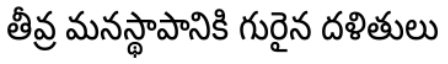
తీవ్ర మనస్థాపానికి గురైన దళితులు